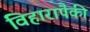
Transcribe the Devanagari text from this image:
विहारापैकी